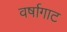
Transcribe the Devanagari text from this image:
वर्षागाट